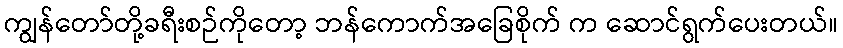
ကျွန်တော်တို့ခရီးစဉ်ကိုတော့ ဘန်ကောက်အခြေစိုက် က ဆောင်ရွက်ပေးတယ်။